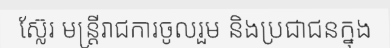
ស្ល៊ែរ មន្ត្រីរាជការចូលរួម និងប្រជាជនក្នុង